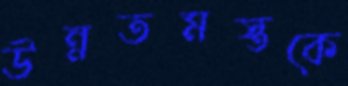
উন্নতমস্তকে